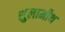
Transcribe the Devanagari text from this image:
शुलामीथ